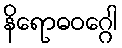
နိရောဓဝဂ္ဂေါ